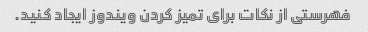
فهرستی از نکات برای تمیز کردن ویندوز ایجاد کنید.